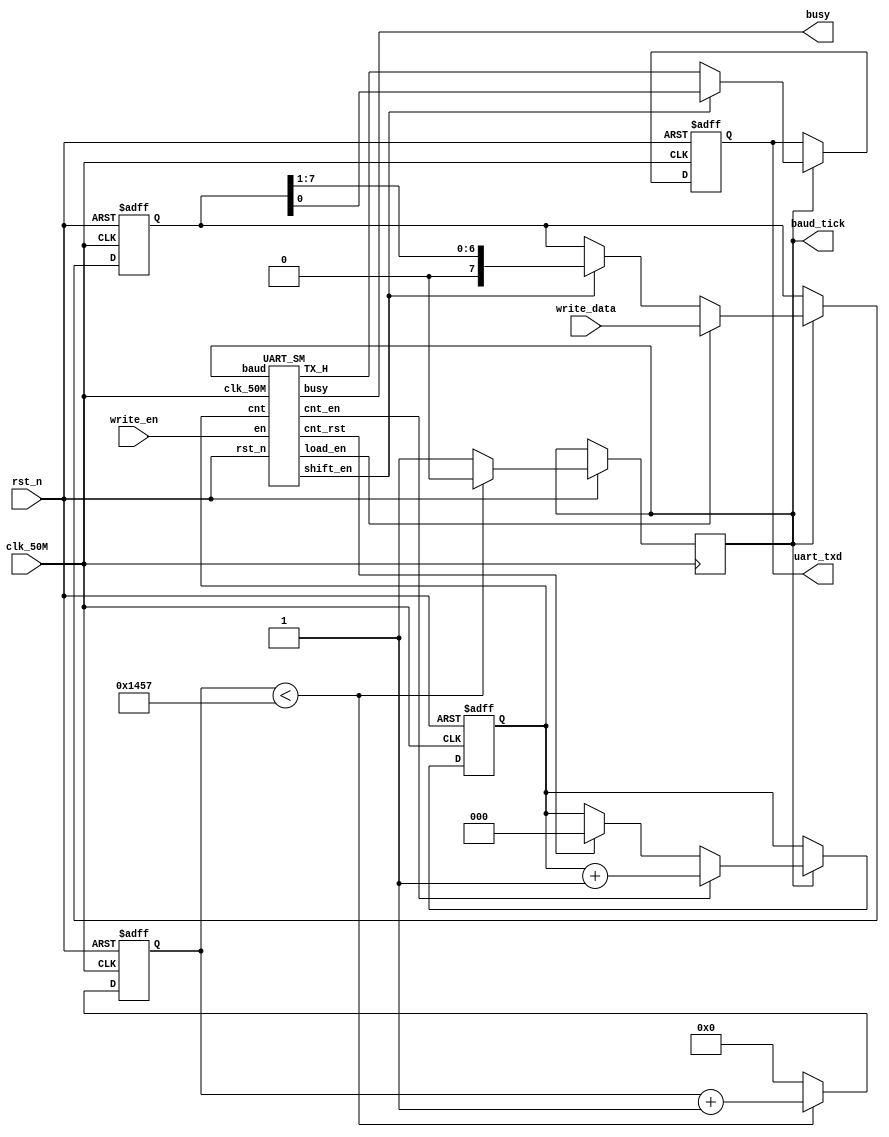
/********************************

Baud rate : 9600 Hz
Clk = 50MHz, 50M/9600 = 5208.33
Low-active reset

*********************************/

module UART_TX(

               input clk_50M,
               input rst_n,
               input write_en,
               input [7:0] write_data,
               output reg uart_txd,
               output busy,
					output reg baud_tick

              );

wire load_en, shift_en, TX_H, cnt_en, cnt_rst;
reg [7:0] reg_data;
reg [2:0] count;
reg [12:0] count_baud;
//reg baud_tick;

/******UART_SM Instantation******/

UART_SM U0 (.clk_50M(clk_50M),
            .rst_n(rst_n),
				.baud(baud_tick),
				.en(write_en),
				.cnt(count),
				.load_en(load_en),
				.shift_en(shift_en),
				.TX_H(TX_H),
				.cnt_en(cnt_en),
				.cnt_rst(cnt_rst),
				.busy(busy)
				);
				
/******Load & Shift data******/

always @(posedge clk_50M, negedge rst_n)begin
    if (!rst_n)begin
	    reg_data <= 8'd0;
	 end
	 else begin
	    if (baud_tick)begin
		    if (load_en)
			    reg_data <= write_data;
			 else if (shift_en)
			    reg_data <= reg_data >> 1;
			 else
			    reg_data <= reg_data;
		 end
		 else begin
		    reg_data <= reg_data;
		 end
	 end
end

/******Counter 8******/

always @(posedge clk_50M, negedge rst_n)begin
    if (!rst_n)begin
	    count <= 3'd0;
	 end
	 else begin
	    if (baud_tick)begin
		    if (cnt_en)
		       count <= count + 3'd1;
		    else if (cnt_rst)
		       count <= 3'd0;
		    else
		       count <= count;
		 end
	 end
end

/******Counter 5208******/

always @(posedge clk_50M, negedge rst_n)begin
    if (!rst_n)begin
	    count_baud <= 13'd0;
	 end
	 else begin
	    if (count_baud < 13'd5207)begin
		    count_baud <= count_baud + 13'd1;
			 baud_tick <= 1'b0;
		 end
		 else begin
		    count_baud <= 13'd0;
			 baud_tick <= 1'b1;
		 end
	 end
end

/******UART_TX Data Output******/
always @(posedge clk_50M, negedge rst_n)begin
    if (!rst_n)begin
	    uart_txd <= 1'b1;
	 end
	 else begin
	    if (baud_tick)begin
		    if (shift_en)
			    uart_txd <= reg_data[0];
			 else
			    uart_txd <= TX_H;
		 end
		 else
		    uart_txd <= uart_txd;
	 end
end

endmodule	

/******UART State Mechine******/

module UART_SM(

               input clk_50M,
               input rst_n,
               input baud,
               input en,
               input [2:0] cnt,
               output reg load_en,
               output reg shift_en,
               output reg TX_H,
               output reg cnt_en,
               output reg cnt_rst,
               output reg busy

              );

/******state parameter******/

localparam IDLE  = 2'd0;
localparam START = 2'd1;
localparam SHIFT = 2'd2;
localparam STOP  = 2'd3;

reg [1:0] state, nstate;

//assign busy = (state != IDLE);
always @(posedge clk_50M, negedge rst_n)begin
    if (!rst_n)begin
	    busy <= 1'b0;
	 end
	 else begin
	    if (baud)
		    busy <= (state == IDLE) ? 1'b0 : 1'b1;
		 else
		    busy <= busy;
	 end
end

/******State Flow Diagram******/

always @(*)begin
    case (state)
	     IDLE: nstate = (en) ? START : IDLE;
		  START: nstate = SHIFT;
		  SHIFT: nstate = (cnt == 3'd7) ? STOP : SHIFT;
		  STOP: nstate = IDLE;
		  default: nstate = IDLE;
	 endcase
end

/******State to Next_state******/

always @(posedge clk_50M, negedge rst_n)begin
    if (!rst_n)begin
	    state <= IDLE;
	 end
	 else begin
	    if (baud)begin
		    state <= nstate;
		 end
		 else begin
		    state <= state;
		 end
	 end
end

/******Control Signals******/

always @(*)begin
    if (!rst_n)begin
      load_en  = 1'b0;
      shift_en = 1'b0;
      TX_H     = 1'b1;
      cnt_en   = 1'b0;
      cnt_rst  = 1'b1;
	 end
    else begin
	     case (state)
		      IDLE: begin
                  load_en  = 1'b0;
                  shift_en = 1'b0;
                  TX_H     = 1'b1;
                  cnt_en   = 1'b0;
                  cnt_rst  = 1'b1;
            end
		      START: begin
                  load_en  = 1'b1;
                  shift_en = 1'b0;
                  TX_H     = 1'b0;
                  cnt_en   = 1'b0;
                  cnt_rst  = 1'b1;
            end
		      SHIFT: begin
                  load_en  = 1'b0;
                  shift_en = 1'b1;
                  TX_H     = 1'b0;
                  cnt_en   = 1'b1;
                  cnt_rst  = (cnt == 3'd7) ? 1'b1 : 1'b0;
            end
		      STOP: begin
                  load_en  = 1'b0;
                  shift_en = 1'b0;
                  TX_H     = 1'b1;
                  cnt_en   = 1'b0;
                  cnt_rst  = 1'b0;
            end
				default: begin
                  load_en  = 1'b0;
                  shift_en = 1'b0;
                  TX_H     = 1'b1;
                  cnt_en   = 1'b0;
                  cnt_rst  = 1'b0;
            end
	     endcase
    end
end

endmodule